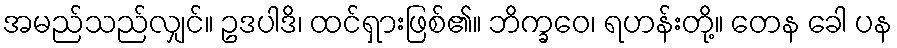
အမည်သည်လျှင်။ ဥဒပါဒိ၊ ထင်ရှားဖြစ်၏။ ဘိက္ခဝေ၊ ရဟန်းတို့။ တေန ခေါ ပန